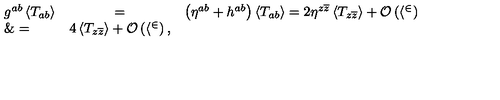
\begin{array} { l c l } { g ^ { a b } \left< T _ { a b } \right> } & { = } & { \left( \eta ^ { a b } + h ^ { a b } \right) \left< T _ { a b } \right> = 2 \eta ^ { z \overline { z } } \left< T _ { z \overline { z } } \right> + \cal O \left( h ^ { 2 } \right) } \\ { \& = } & { 4 \left< T _ { z \overline { z } } \right> + \cal O \left( h ^ { 2 } \right) , } \\ \end{array}